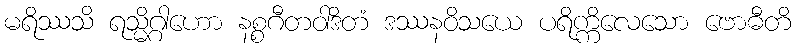
မရိဿသိ ရသ္မိဂ္ဂါဟော နစ္စဂီတဝါဒိတံ ဒဿနဝိသယေ ပရိက္ကိလေသော ဗောဓီတိ